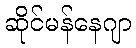
ဆိုင်မန်နေဂျာ